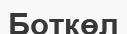
Боткөл